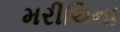
મરીચિના